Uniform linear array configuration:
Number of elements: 16
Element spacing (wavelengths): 0.75
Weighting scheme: uniform
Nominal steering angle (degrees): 0
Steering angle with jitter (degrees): -1.719
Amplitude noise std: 0.05
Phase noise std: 0.05

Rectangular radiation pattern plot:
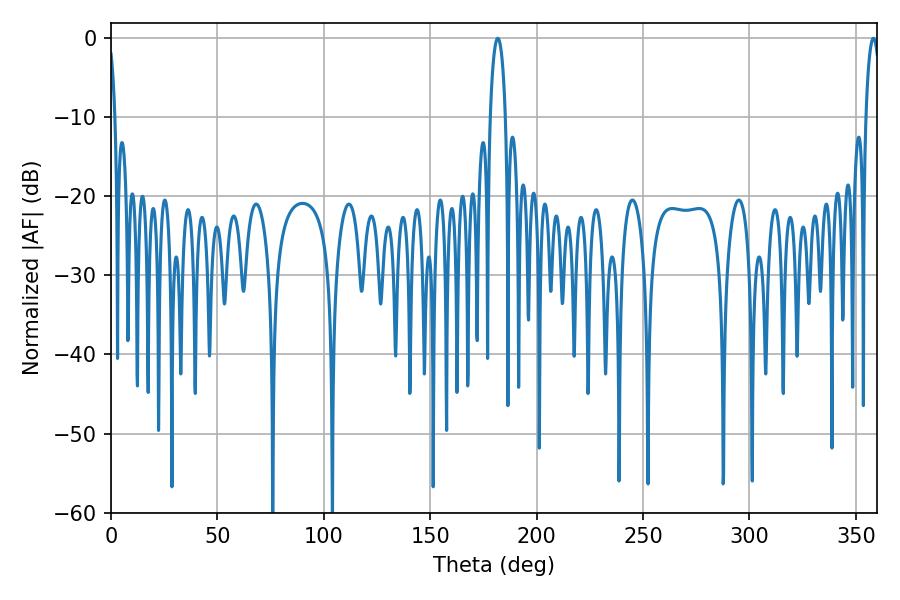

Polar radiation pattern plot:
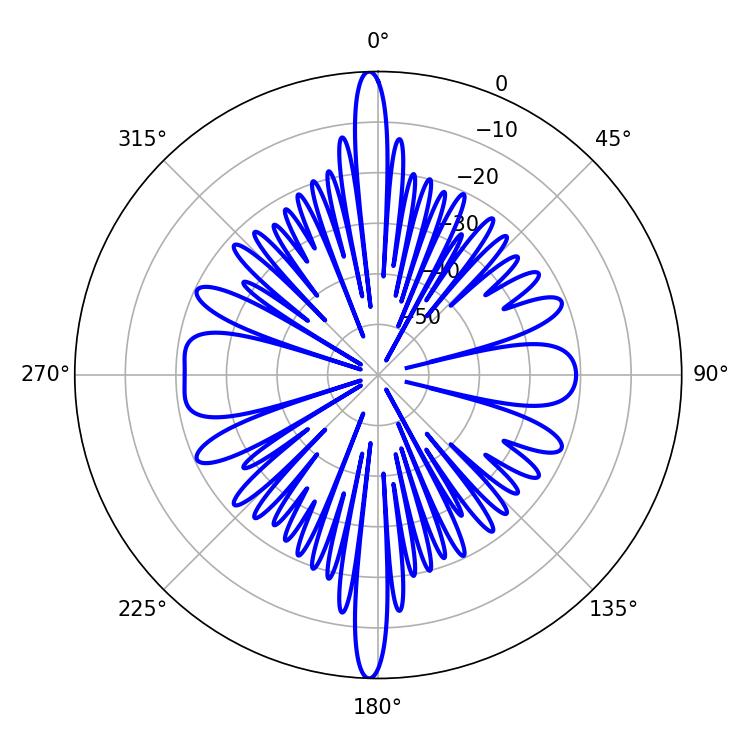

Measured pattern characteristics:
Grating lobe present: TRUE
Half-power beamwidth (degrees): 4.14
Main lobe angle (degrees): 181.8